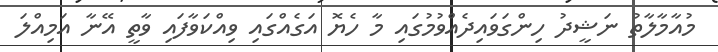
މުއާމާލާތު ނަޝީދު ހިންގަވައިދެއްވުމުގައި މާ ހެޔޮ އަގެއްގައި ވިއްކަވާފައި ވާތީ އޭނާ އަމިއްލަ